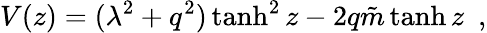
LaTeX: V(z)=(\lambda^{2}+q^{2})\operatorname{tanh}^{2}z-2q{\tilde{m}}\operatorname{tanh}z~~,